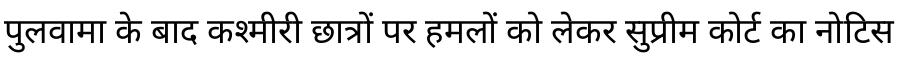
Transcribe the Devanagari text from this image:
पुलवामा के बाद कश्मीरी छात्रों पर हमलों को लेकर सुप्रीम कोर्ट का नोटिस